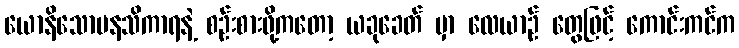
ယောနိသောမနသိကာရနဲ့ စဉ်းစားဖို့ကတော့ ယခုခေတ် မှာ လေယာဉ် တွေဖြင့် ကောင်းကင်က